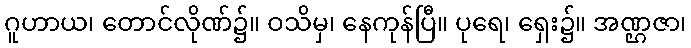
ဂူဟာယ၊ တောင်လိုဏ်၌။ ဝသိမှ၊ နေကုန်ပြီ။ ပုရေ၊ ရှေး၌။ အဏ္ဌဇာ၊